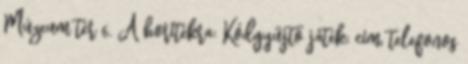
Múzeum tér 6. A borítékra: Kódgyűjtő játék; cím, telefonos